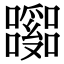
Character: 𡄹